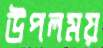
উপলময়